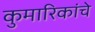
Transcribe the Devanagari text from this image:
कुमारिकांचे